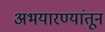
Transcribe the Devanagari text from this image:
अभयारण्यांतून